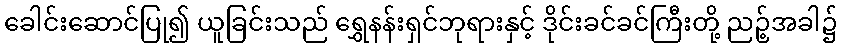
ခေါင်းဆောင်ပြု၍ ယူခြင်းသည် ရွှေနန်းရှင်ဘုရားနှင့် ဒိုင်းခင်ခင်ကြီးတို့ ညဉ့်အခါ၌